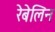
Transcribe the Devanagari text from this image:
रेबेलिन